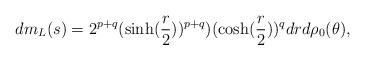
LaTeX: \begin{align*}dm_L(s)=2^{p+q} (\sinh(\frac{r}{2}))^{p+q})(\cosh(\frac{r}{2}))^q dr d\rho_0(\theta),\end{align*}